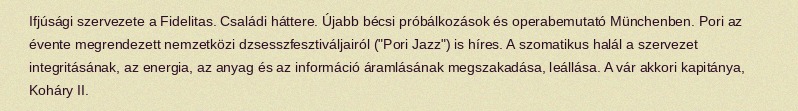
Ifjúsági szervezete a Fidelitas. Családi háttere. Újabb bécsi próbálkozások és operabemutató Münchenben. Pori az évente megrendezett nemzetközi dzsesszfesztiváljairól ("Pori Jazz") is híres. A szomatikus halál a szervezet integritásának, az energia, az anyag és az információ áramlásának megszakadása, leállása. A vár akkori kapitánya, Koháry II.